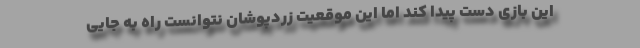
این بازی دست پیدا کند اما این موقعیت‌ زردپوشان نتوانست راه به جایی